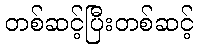
တစ်ဆင့်ပြီးတစ်ဆင့်